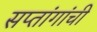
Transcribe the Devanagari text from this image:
सप्तांगांची